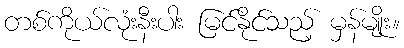
တစ်ကိုယ်လုံးနီးပါး မြင်နိုင်သည့် မှန်မျိုး။